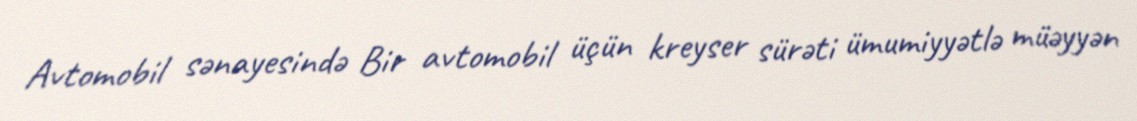
Avtomobil sənayesində Bir avtomobil üçün kreyser sürəti ümumiyyətlə müəyyən